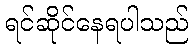
ရင်ဆိုင်နေရပါသည်